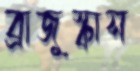
ব্রাজুস্কাস